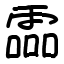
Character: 霝